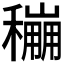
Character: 𥣌